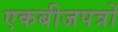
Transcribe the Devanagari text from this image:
एकबीजपत्रों